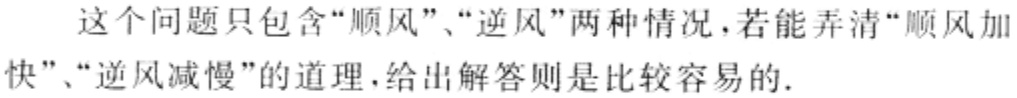
这个问题只包含“顺风”、“逆风”两种情况，若能弄清“顺风加快”、“逆风减慢”的道理，给出解答则是比较容易的.